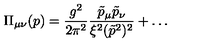
\Pi _ { \mu \nu } ( p ) = \frac { g ^ { 2 } } { 2 \pi ^ { 2 } } \frac { \tilde { p } _ { \mu } \tilde { p } _ { \nu } } { \xi ^ { 2 } ( \tilde { p } ^ { 2 } ) ^ { 2 } } + \ldots